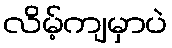
လိမ့်ကျမှာပဲ